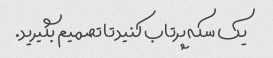
یک سکه پرتاب کنید تا تصمیم بگیرید.